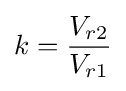
k={\frac {V_{r2}}{V_{r1}}}